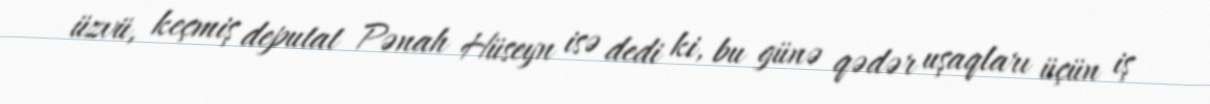
üzvü, keçmiş deputat Pənah Hüseyn isə dedi ki, bu günə qədər uşaqları üçün iş